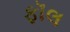
ફૉલ